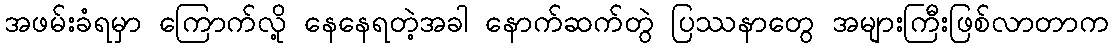
အဖမ်းခံရမှာ ကြောက်လို့ နေနေရတဲ့အခါ နောက်ဆက်တွဲ ပြဿနာတွေ အများကြီးဖြစ်လာတာက